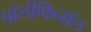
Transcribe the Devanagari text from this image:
पॉलीफिनॉल